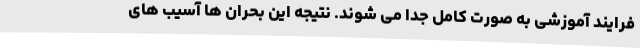
فرایند آموزشی به صورت کامل جدا می شوند. نتیجه این بحران ها آسیب های